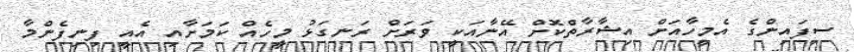
ސިފައިންގެ އެމީހާއަށް އިޝާރާތްކޮށް އޭނާއަކީ ވަރަށް ރަނގަޅު މީހެއް ކަމަށާއި އެއީ ފިނިފެންމާ